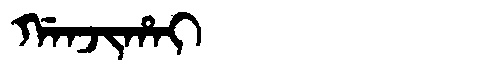
Manchu: ᡤᠠᠨᠵᡳᡥᠠᡳ
Romanization: GANJIHAI